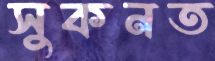
সুকনত